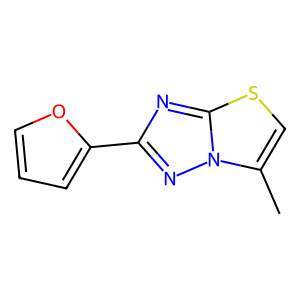
SMILES: Cc1csc2nc(-c3ccco3)nn12
Inhibits HIV replication: No